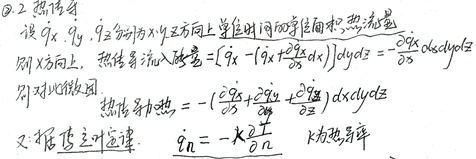
\textcircled{2} 2. 热传导设 \(q_x,q_y,q_z\) 分别为 \(x,y,z\) 方向上单位时间的单位面积热流量。

则 \(x\) 方向上，热传导流入热量 \([q_x-(q_x + \frac{\partial q_x}{\partial x}dx)]dydz=-\frac{\partial q_x}{\partial x}dxdydz\) 。

则对此微团，热传导加热 \(-(\frac{\partial q_x}{\partial x}+\frac{\partial q_y}{\partial y}+\frac{\partial q_z}{\partial z})dxdydz\) 。

又根据傅立叶定律 \(\dot{q}_n=-k\frac{\partial T}{\partial n}\) ，\(k\) 为热导率。